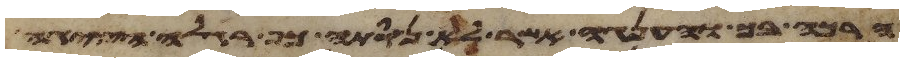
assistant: הרכה בך והענגה אשר לא נסתה כף רגלה הציגה